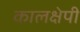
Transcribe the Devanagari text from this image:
कालक्षेपी